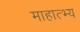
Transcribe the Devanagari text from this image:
माहात्भ्य